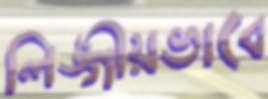
লিঙ্গীয়ভাবে